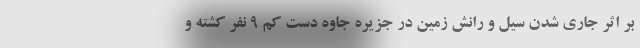
بر اثر جاری شدن سیل و رانش زمین در جزیره جاوه دست کم ۹ نفر کشته و